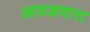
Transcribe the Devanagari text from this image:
आवडणारा